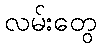
လမ်းတွေ